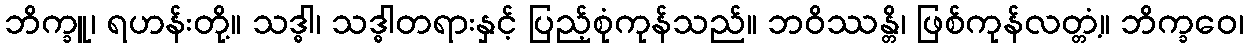
ဘိက္ခူ၊ ရဟန်းတို့။ သဒ္ဓါ၊ သဒ္ဓါတရားနှင့် ပြည့်စုံကုန်သည်။ ဘဝိဿန္တိ၊ ဖြစ်ကုန်လတ္တံ့။ ဘိက္ခဝေ၊